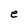
Character: e